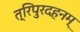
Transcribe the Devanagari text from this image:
त्रिपुरदहनम्